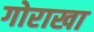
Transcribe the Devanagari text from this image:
गोराखा